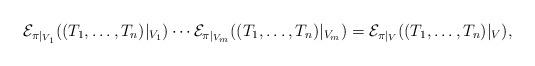
LaTeX: \begin{align*}\mathcal{E}_{\pi|_{V_1}}((T_1, \ldots, T_n)|_{V_1}) \cdots \mathcal{E}_{\pi|_{V_m}}((T_1, \ldots, T_n)|_{V_m}) = \mathcal{E}_{\pi|_{V}}((T_1, \ldots, T_n)|_{V}),\end{align*}